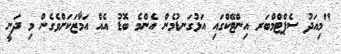
"މިއަދު ސެޕްޓްމްބަރ އިންޓޭކްގައި އަޅުގަނޑުމެން އެންމެ ބޮޑު އެއް އަމާޒަކަށްވެގެން މި ދަނީ